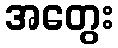
အတွေး